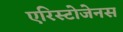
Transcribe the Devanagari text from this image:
एरिस्टोजेनस